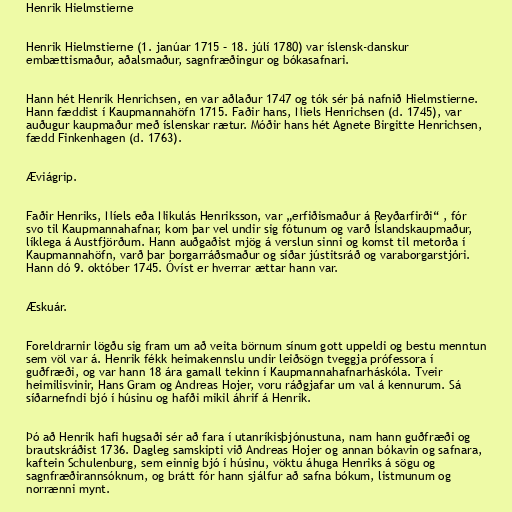
Henrik Hielmstierne

Henrik Hielmstierne (1. janúar 1715 – 18. júlí 1780) var íslensk-danskur
embættismaður, aðalsmaður, sagnfræðingur og bókasafnari.

Hann hét Henrik Henrichsen, en var aðlaður 1747 og tók sér þá nafnið Hielmstierne.
Hann fæddist í Kaupmannahöfn 1715. Faðir hans, Niels Henrichsen (d. 1745), var
auðugur kaupmaður með íslenskar rætur. Móðir hans hét Agnete Birgitte Henrichsen,
fædd Finkenhagen (d. 1763).

Æviágrip.

Faðir Henriks, Níels eða Nikulás Henriksson, var „erfiðismaður á Reyðarfirði“ , fór
svo til Kaupmannahafnar, kom þar vel undir sig fótunum og varð Íslandskaupmaður,
líklega á Austfjörðum. Hann auðgaðist mjög á verslun sinni og komst til metorða í
Kaupmannahöfn, varð þar borgarráðsmaður og síðar jústitsráð og varaborgarstjóri.
Hann dó 9. október 1745. Óvíst er hverrar ættar hann var.

Æskuár.

Foreldrarnir lögðu sig fram um að veita börnum sínum gott uppeldi og bestu menntun
sem völ var á. Henrik fékk heimakennslu undir leiðsögn tveggja prófessora í
guðfræði, og var hann 18 ára gamall tekinn í Kaupmannahafnarháskóla. Tveir
heimilisvinir, Hans Gram og Andreas Hojer, voru ráðgjafar um val á kennurum. Sá
síðarnefndi bjó í húsinu og hafði mikil áhrif á Henrik.

Þó að Henrik hafi hugsaði sér að fara í utanríkisþjónustuna, nam hann guðfræði og
brautskráðist 1736. Dagleg samskipti við Andreas Hojer og annan bókavin og safnara,
kaftein Schulenburg, sem einnig bjó í húsinu, vöktu áhuga Henriks á sögu og
sagnfræðirannsóknum, og brátt fór hann sjálfur að safna bókum, listmunum og
norrænni mynt.